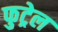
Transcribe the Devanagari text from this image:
फुट्रेल